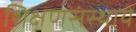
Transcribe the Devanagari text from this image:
शिक्षणसंस्थायें